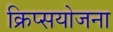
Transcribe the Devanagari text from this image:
क्रिप्सयोजना